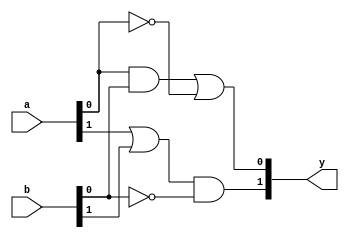
module combinational_logic_block #(
    parameter INPUT_WIDTH = 4,  // Width of input vector
    parameter OUTPUT_WIDTH = 2   // Width of output vector
)(
    input  wire [INPUT_WIDTH-1:0]  a,  // Input vector
    input  wire [INPUT_WIDTH-1:0]  b,  // Input vector
    output wire [OUTPUT_WIDTH-1:0] y   // Output vector
);

// Internal signals for intermediate logic
wire [INPUT_WIDTH-1:0] and_result;
wire [INPUT_WIDTH-1:0] or_result;
wire not_a, not_b;

// Logic operations
genvar i;
generate
    // AND operation
    for (i = 0; i < INPUT_WIDTH; i = i + 1) begin : and_gate
        assign and_result[i] = a[i] & b[i];
    end

    // OR operation
    for (i = 0; i < INPUT_WIDTH; i = i + 1) begin : or_gate
        assign or_result[i] = a[i] | b[i];
    end
endgenerate

// NOT operation on the first input
assign not_a = ~a[0]; // Example: NOT operation on the first bit of input 'a'
assign not_b = ~b[0]; // Example: NOT operation on the first bit of input 'b'

// Output logic combining AND, OR, and NOT results
assign y[0] = and_result[0] | not_a; // Example output logic
assign y[1] = or_result[1] & not_b;  // Example output logic

endmodule